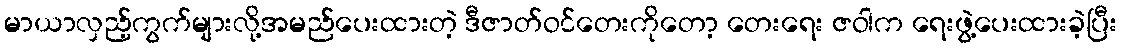
မာယာလှည့်ကွက်များလို့အမည်ပေးထားတဲ့ ဒီဇာတ်ဝင်တေးကိုတော့ တေးရေး ဇဝါက ရေးဖွဲ့ပေးထားခဲ့ပြီး